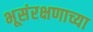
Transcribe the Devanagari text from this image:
भूसंरक्षणाच्या